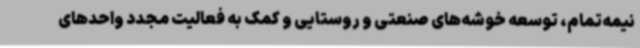
نیمه‌تمام، توسعه خوشه‌های صنعتی و روستایی و کمک به فعالیت مجدد واحدهای